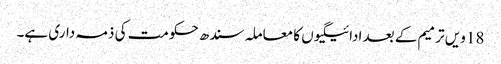
18 ویں ترمیم کے بعد ادائیگیوں کا معاملہ سندھ حکومت کی ذمہ داری ہے۔